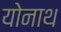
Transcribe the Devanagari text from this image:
योनाथ